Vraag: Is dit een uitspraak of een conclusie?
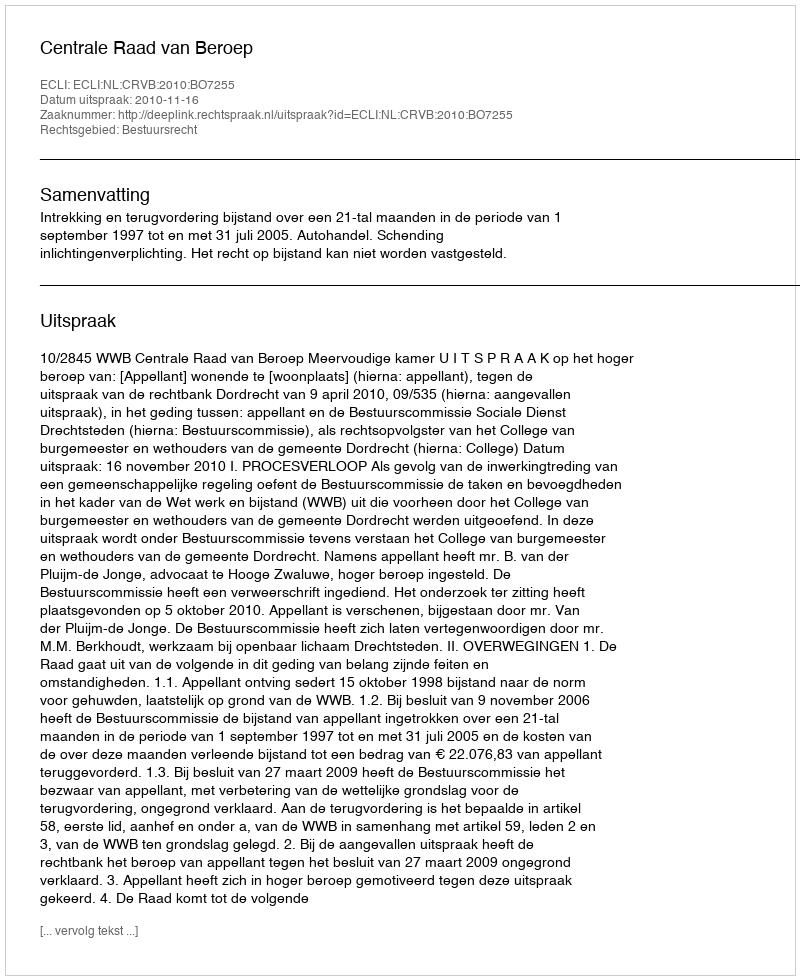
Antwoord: Uitspraak